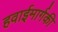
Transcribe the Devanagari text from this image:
हवाईमार्गकी